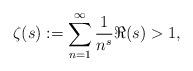
LaTeX: \begin{align*} \zeta(s) := \sum_{n=1}^{\infty} \frac{1}{n^s} \Re(s) > 1,\end{align*}